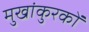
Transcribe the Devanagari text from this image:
मुखांकुरकों